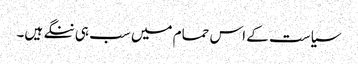
سیاست کے اس حمام میں سب ہی ننگے ہیں۔